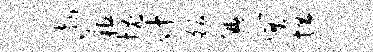
渤租愧什皈腆巽坦